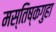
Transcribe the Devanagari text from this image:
मस्तिष्कगुहा